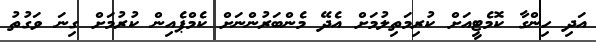
އަދި ހިންގާ ކޮމެޓީއަށް ކުރިމަތިލުމަށް އެދޭ މެންބަރުންނަށް ކެމްޕެއިން ކުރުމަށް ގިނަ ވަގުތު